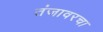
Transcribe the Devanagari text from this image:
तंजावरचा